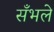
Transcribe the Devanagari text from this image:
सँभले